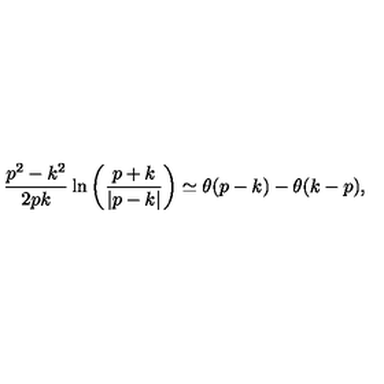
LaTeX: { \frac { p ^ { 2 } - k ^ { 2 } } { 2 p k } } \ln \left( { \frac { p + k } { \left| p - k \right| } } \right) \simeq \theta ( p - k ) - \theta ( k - p ) ,